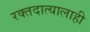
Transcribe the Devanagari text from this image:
रक्तदात्यालाही